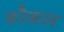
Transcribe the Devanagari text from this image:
कौकल